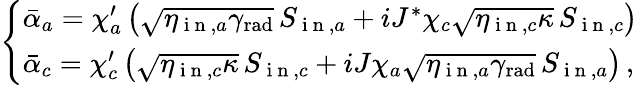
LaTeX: \begin{array}{r}{\left\{ \begin{array}{ll}{\bar{\alpha}_{a}=\chi_{a}^{\prime}\left(\sqrt{\eta_{\mathrm{~i~n~},a}\gamma_{\mathrm{rad}}}\, S_{\mathrm{~i~n~},a}+iJ^{*}\chi_{c}\sqrt{\eta_{\mathrm{~i~n~},c}\kappa}\, S_{\mathrm{~i~n~},c}\right)}\\ {\bar{\alpha}_{c}=\chi_{c}^{\prime}\left(\sqrt{\eta_{\mathrm{~i~n~},c}\kappa}\, S_{\mathrm{~i~n~},c}+iJ\chi_{a}\sqrt{\eta_{\mathrm{~i~n~},a}\gamma_{\mathrm{rad}}}\, S_{\mathrm{~i~n~},a}\right)\, ,}\end{array}\right.}\end{array}